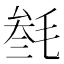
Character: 𣮟